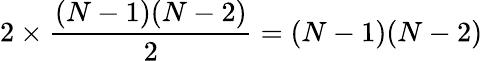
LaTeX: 2\times\frac{(N-1)(N-2)}{2}=(N-1)(N-2)